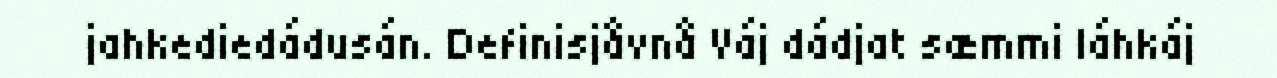
jahkediedádusán. Definisjåvnå Váj dádjat sæmmi láhkáj